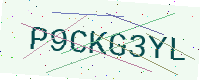
Text: P9CKG3YL